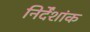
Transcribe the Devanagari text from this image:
निर्देंशांक